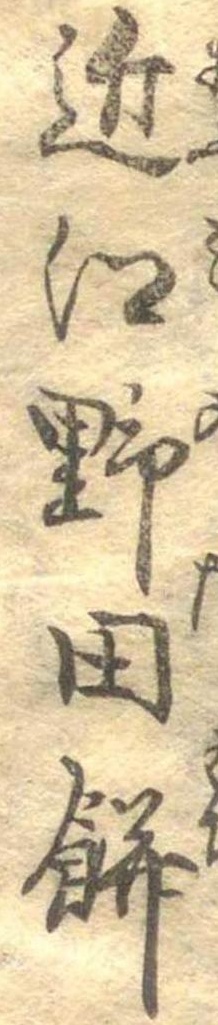
近江野田餅